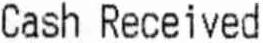
CASH RECEIVED